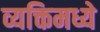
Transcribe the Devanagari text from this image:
व्यक्तिमध्ये